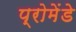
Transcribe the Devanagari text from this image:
प्रोमेंडे